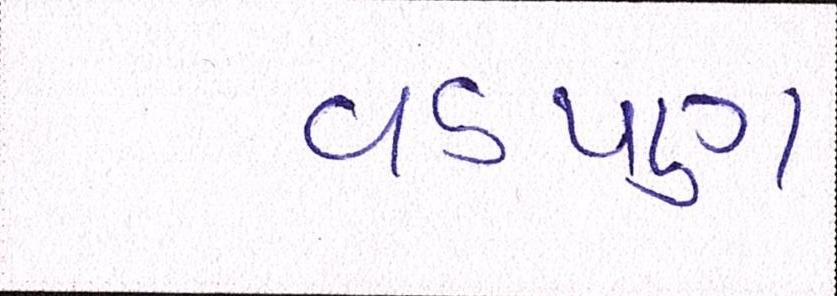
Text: વડપણ